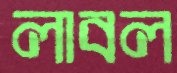
লাবল